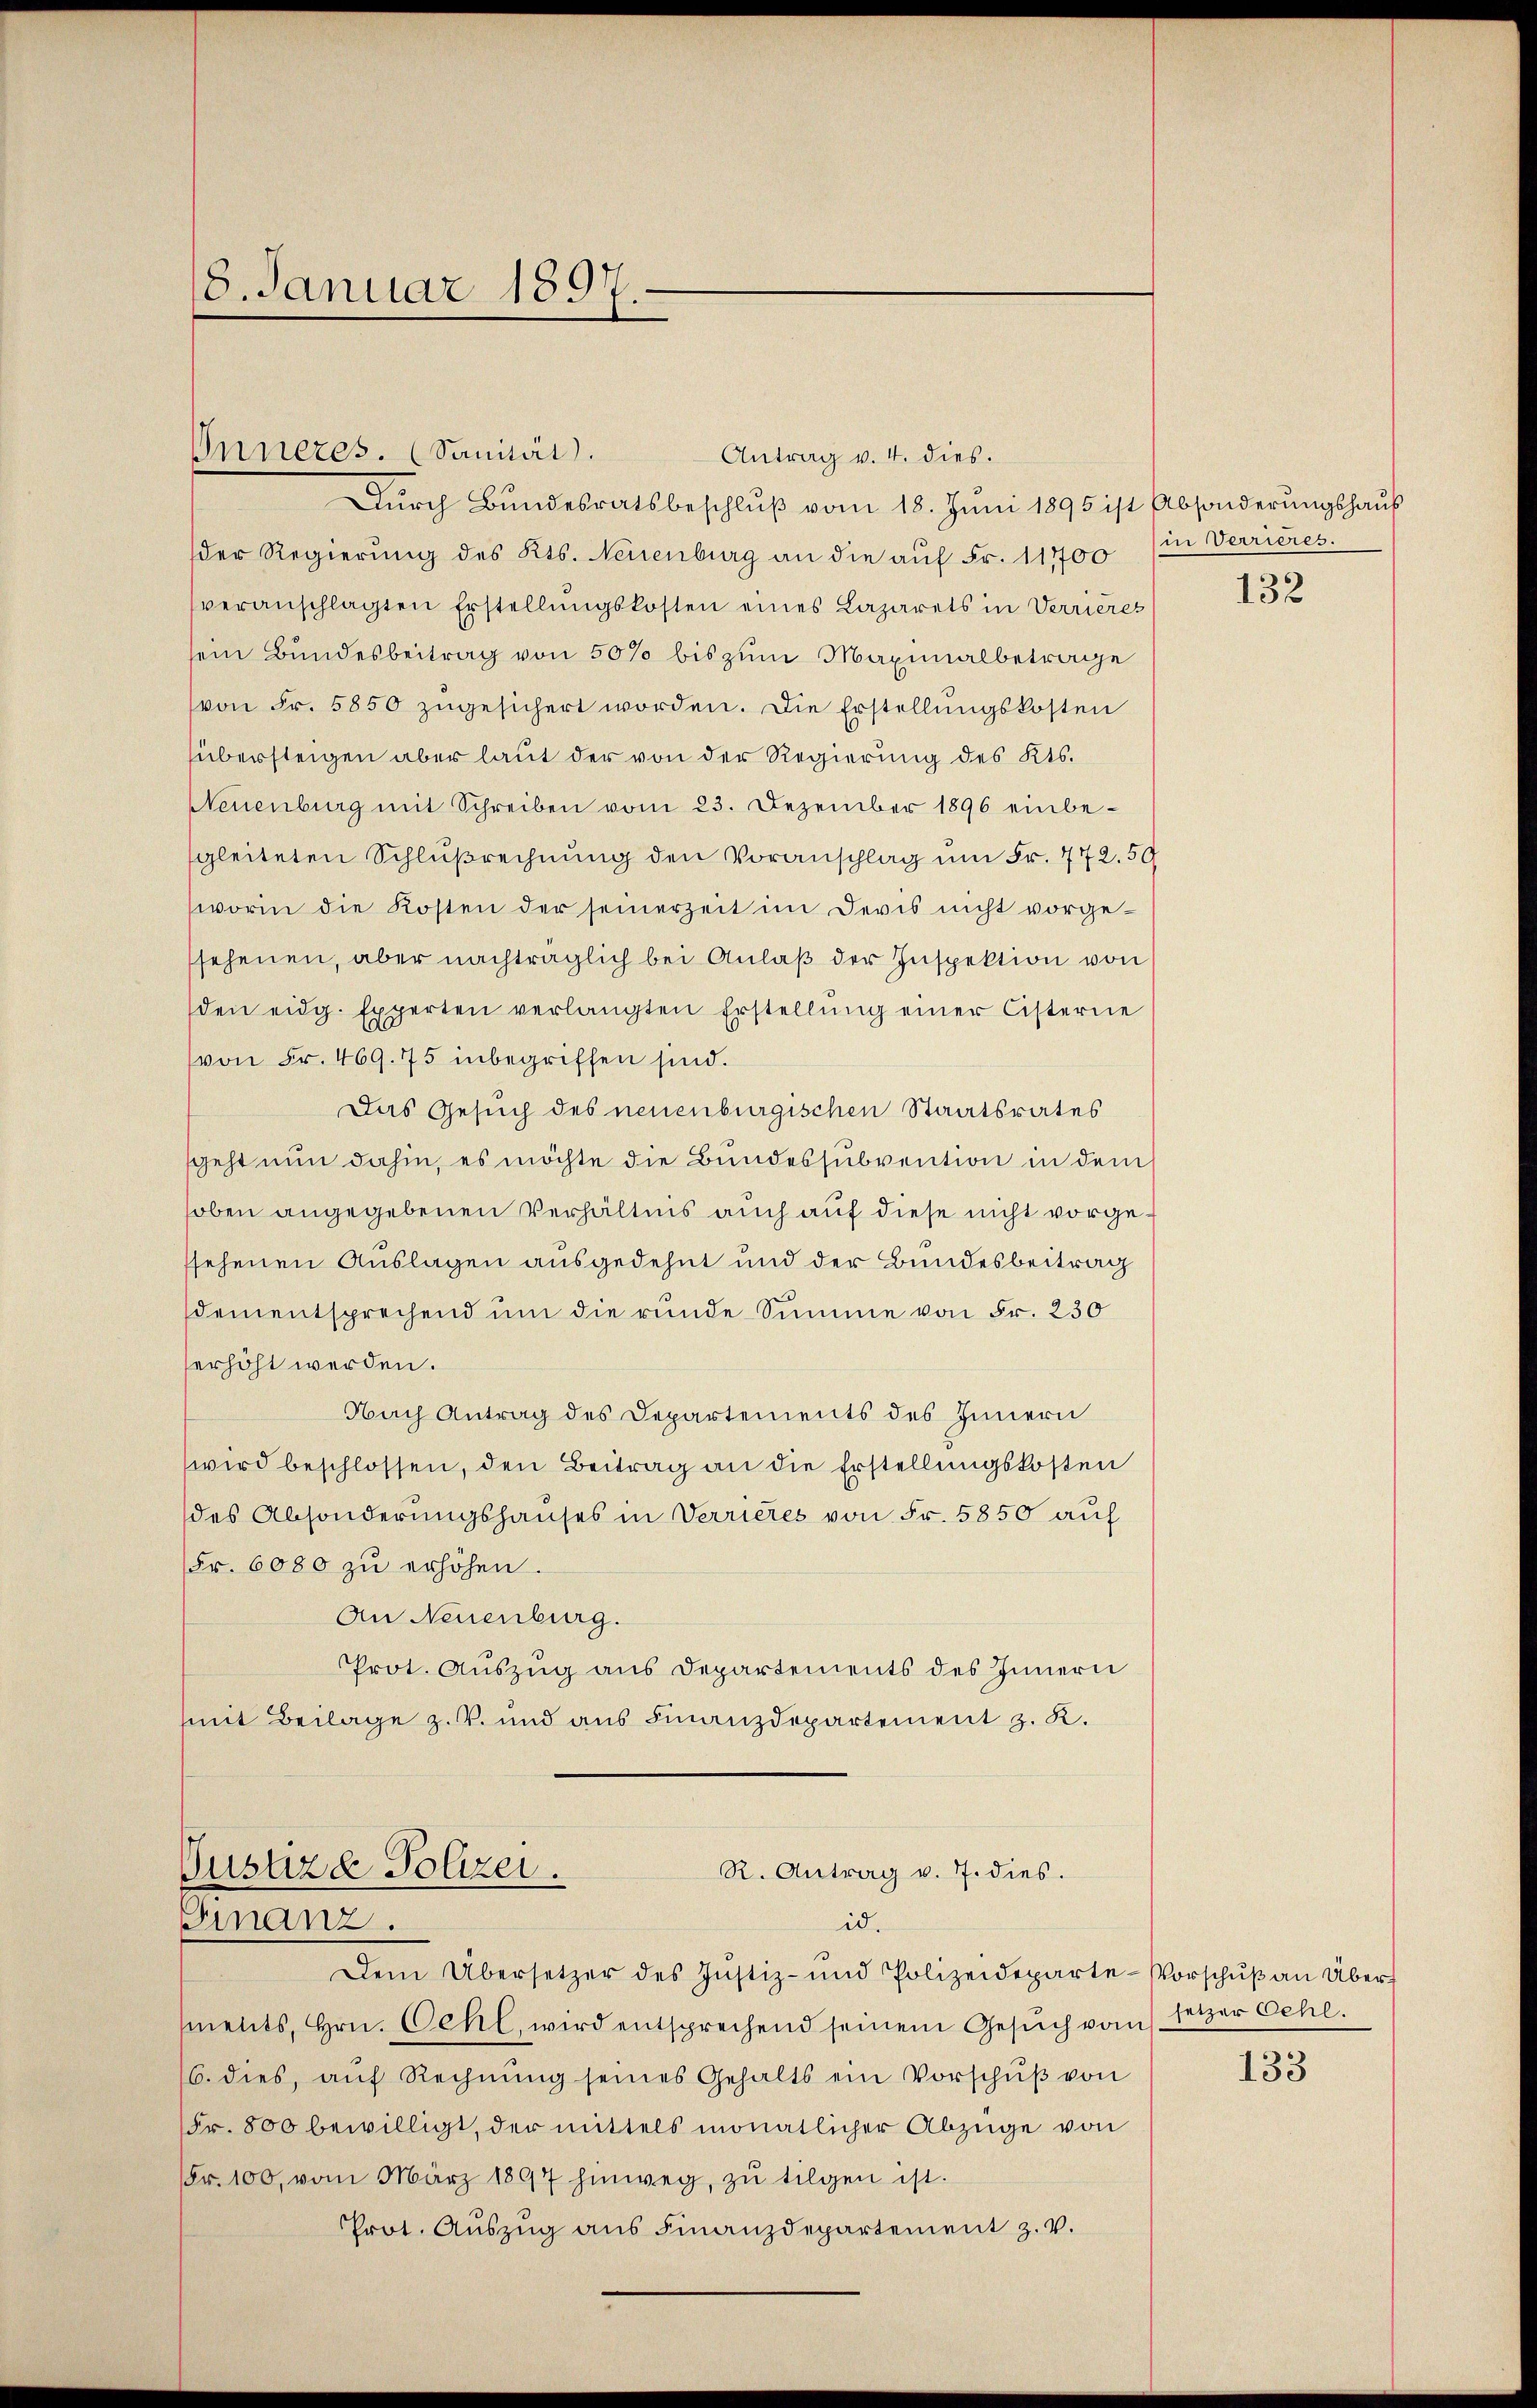
18. Januar 1891

Onnezes. (Sanität.
Antrag v. 4. dies.
Durch Bundesratsbeschluß vom 18. Juni 1895 ist Absonderungshaus
der Regierung des Kts. Neuenburg an die auf Fr. 117700
veranschlagten Erstellŭngskosten eines Lazarets in Verrieres
sein Bundesbeitrag von 50% bis zum Maximalbetrage
(von Fr. 5850 zugesichert worden. Die Erstellungskosten
übersteigen aber laut der von der Regierung des Kts.
Neuenburg mit Schreiben vom 23. Dezember 1896 einbe-
sgleiteten Schlußrechnung den Voranschlag um Fr. 772. 50
worin die Kosten der seinerzeit im Devis nicht vorgessehenen, aber nachträglich bei Anlaβ der Inspektion von
den eidg. Experten verlangten Erstellŭng einer Cisterne
(von Fr. 469. 75 inbegriffen sind.
Das Gesuch des neuenburgischen Staatsrates
sgeht nun dahin, es möchte die Bundessubvention in dem
hoben angegebenen Verhältnis auch auf diese nicht vorgessehenen Auslagen ausgedehnt und der Bundesbeitrag
dementsprechend um die runde Summe von Fr. 230
erhöht werden.
Nach Antrag des Departements des Innern
wird beschlossen, den Beitrag an die Erstellungskosten
des Absonderungshauses in Verrieres von Fr. 5850 auf
(Fr. 6080 zu erhöhen.
An Neuenburg.
Prot. Auszug aus Departements des Innern
mit Beilage z. B. und aus Finanzdepartement z. K.

Dem Übersetzer des Jŭstiz- und Polizeideparte-Vorschŭβ an Übert
ments, Hrn. Oehl, wird entsprechend seinem Gesŭch vom setzer Oehl.
6. dies, aŭf Rechnŭng seines Gehalts ein Vorschŭβ von
Fr. 800 bewilligt, der mittels monatlicher Abzüge von
Fr. 100, vom März 1897 hinweg, zŭ tilgen ist.
Prot. Auszug aus Finanzdepartement z. v.

R. Antrag v. 7. dies.
Gustizd Polizei.
Ginanz.
id.

in Verrieres.

132

133